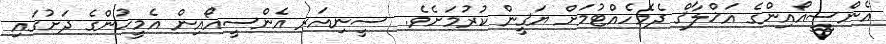
އެންސީއޯއިންގެ އަޚްލާޤް ދެމެހެއްޓުމަށް ޔަޤީން ކުރުމަށެވެ.  ސީނިއަރ އެންސީއޯއިން އެމީހުންގެ ދަށުގައި